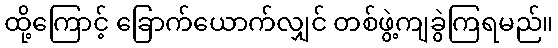
ထို့ကြောင့် ခြောက်ယောက်လျှင် တစ်ဖွဲ့ကျခွဲကြရမည်။